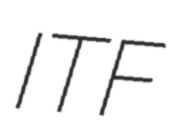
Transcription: ITF